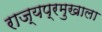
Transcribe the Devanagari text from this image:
राज्यप्रमुखाला